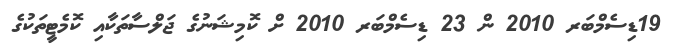
19ޑިސެމްބަރ 2010 ން 23 ޑިސެމްބަރ 2010 ށް ކޮމިޝަނުގެ ޖަލްސާތަކާއި ކޮމެޓީތަކުގެ